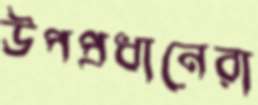
উপপ্রধানেরা